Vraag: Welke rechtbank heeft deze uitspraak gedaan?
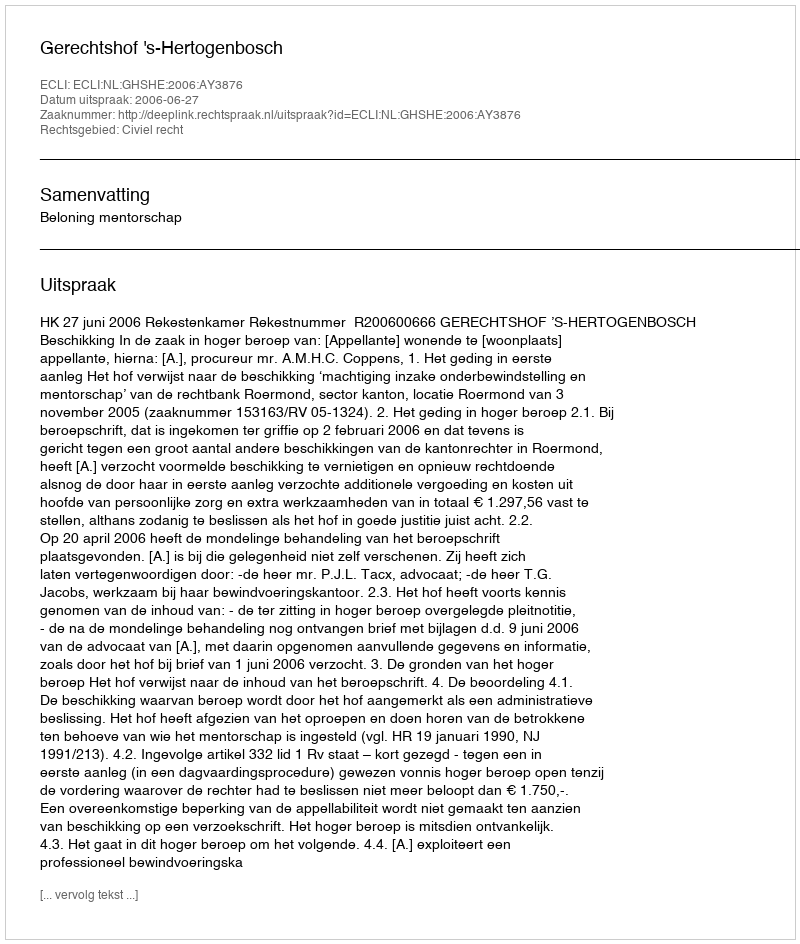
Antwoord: Gerechtshof 's-Hertogenbosch